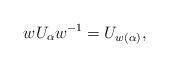
LaTeX: \begin{align*}wU_{\alpha}w^{-1}=U_{w(\alpha)},\end{align*}